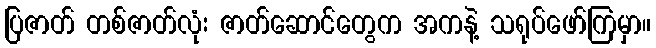
ပြဇာတ် တစ်ဇာတ်လုံး ဇာတ်ဆောင်တွေက အကနဲ့ သရုပ်ဖော်ကြမှာ။